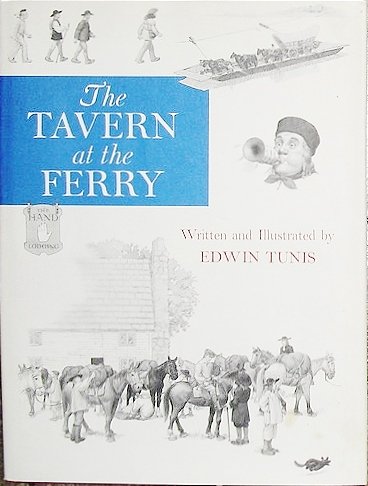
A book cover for The Tavern at the Ferry; Edwin Tunis; Travel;